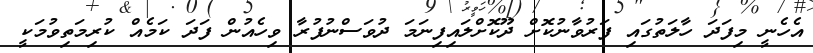
އެހެނީ މިފަދަ ހާލަތުގައި ފަރުވާނުކޮށް ދޫކޮށްލައިފިނަމަ ދުވަސްނުފުރާ ވިހެއުން ފަދަ ކަމެއް ކުރިމަތިވުމަކީ